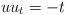
\begin{align*} u u_t = -t \end{align*}